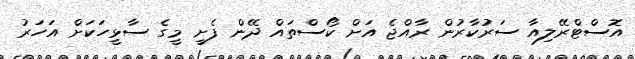
އޮސްޓްރޭލިއާ ސަރުކާރުން ރާއްޖެ އަށް ކޯސްތައް ދޭން ފެށީ މީގެ ސާޅީހަކަށް އަހަރު